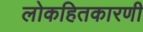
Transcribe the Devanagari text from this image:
लोकहितकारणी